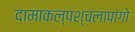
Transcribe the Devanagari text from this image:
दामाकल्पश्चलापांगो